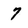
Character: 7